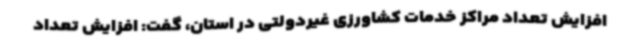
افزایش تعداد مراکز خدمات کشاورزی غیردولتی در استان، گفت: افزایش تعداد